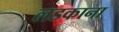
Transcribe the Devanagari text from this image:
लडकाना